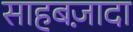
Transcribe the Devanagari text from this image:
साहबज़ादा